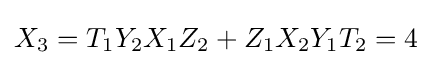
X_{3}=T_{1}Y_{2}X_{1}Z_{2}+Z_{1}X_{2}Y_{1}T_{2}=4